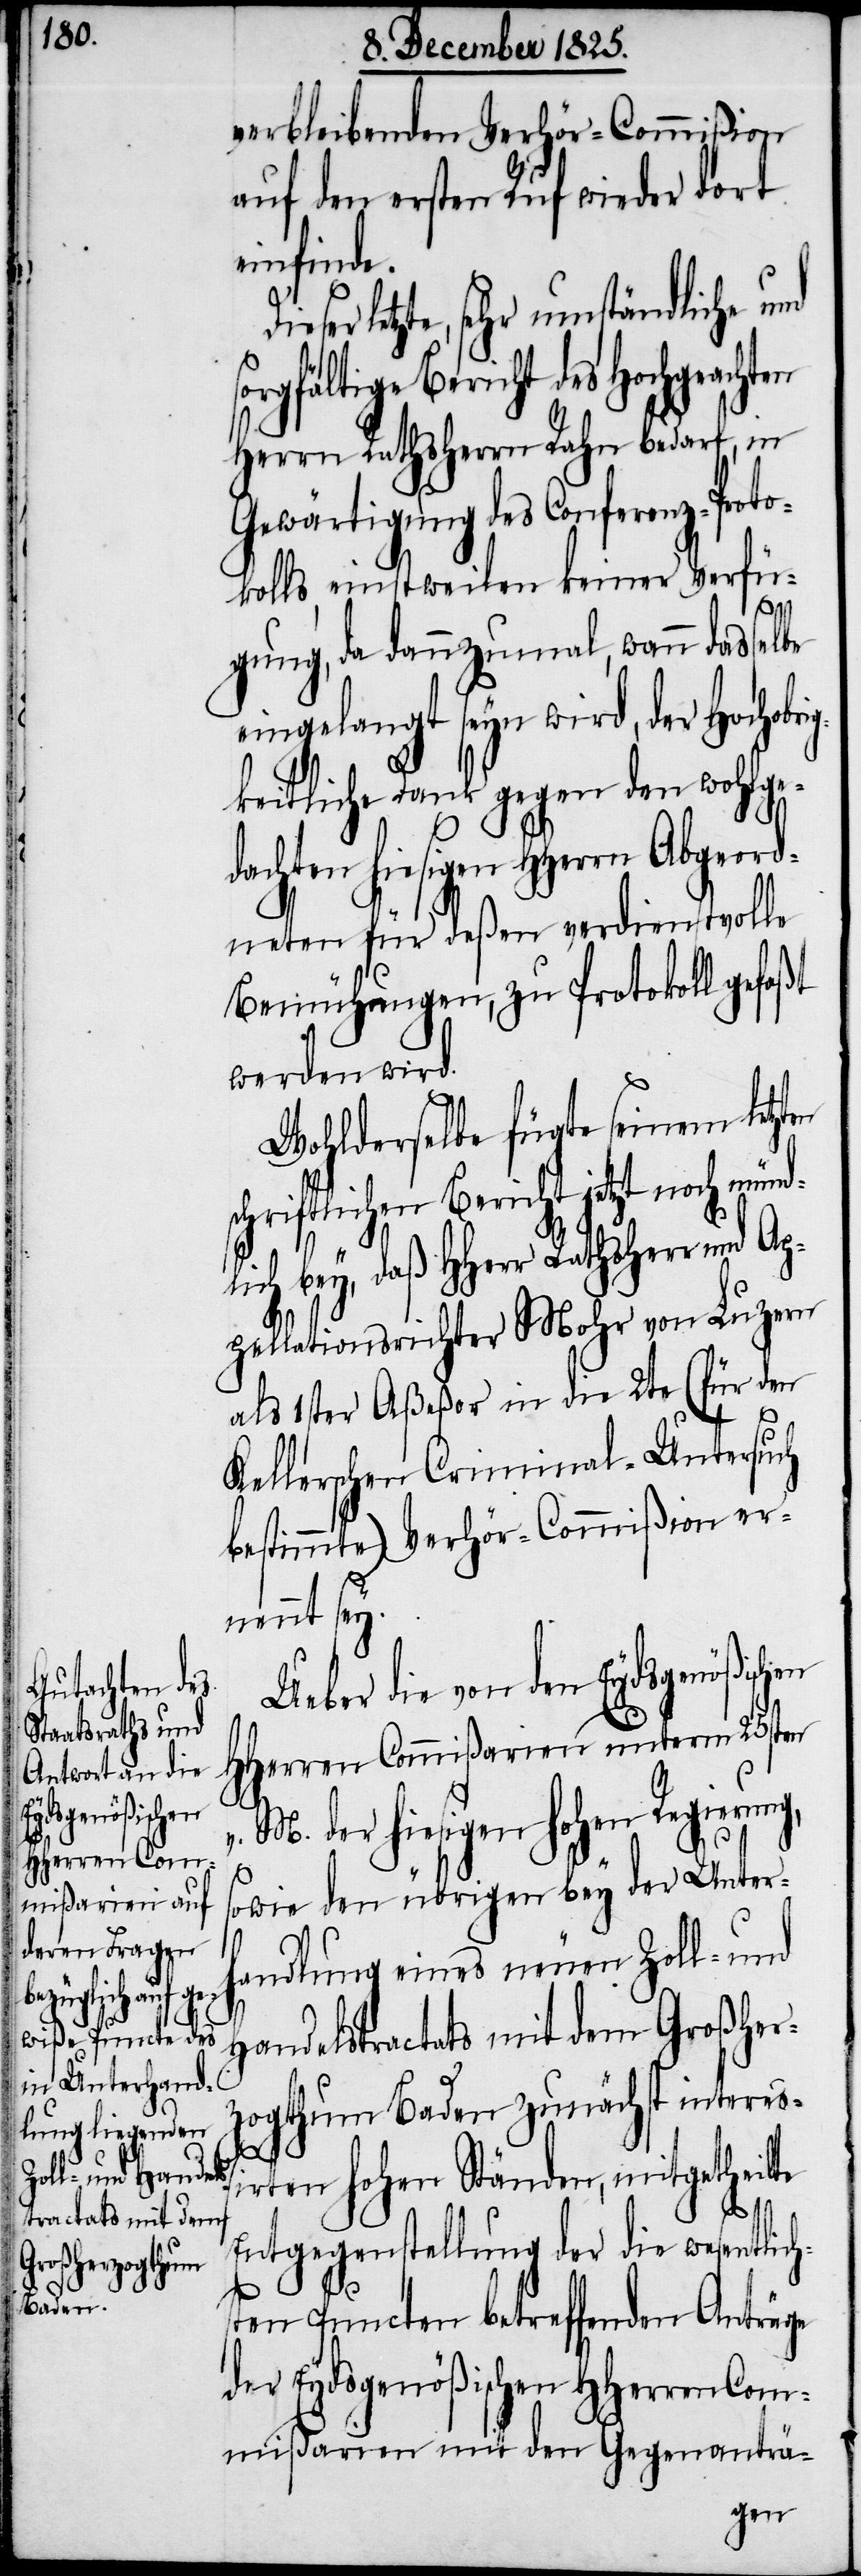
verbleibenden Verhör-Commißion
auf den ersten Ruf wieder dort
einfinde.
letzte, sehr umständliche und
gfältige Bericht des Hochgeachten
Herrn Rathsherrn Rahn bedarf, in
Gewärtigung des Conferenz-Proto¬
kolls, einstweilen keiner Verfü¬
gung, da dannzumal, wann dasselbe
eingelangt seyn wird, der Hochobr¬
keitliche Dank gegen den wohlged¬
achten hiesigen HHerrn
neten für deßen verdienstvolle
Bemühungen, zu Protokoll gefaßt
werden wird.
Wohlderselbe fügte seinem letzten
hriftlichen Bericht jetzt noch
lich bey, daß HHerr Rathsherr und Ap¬
pellationsrichter Mohr von Luzern
als 1ster Aßeßor in die 2te (für den
Kellerschen Criminal-Untersuch
bestimmte) Verhör-Commißion ern¬
ennt sey.
Ueber die von den Eydsgenößischen
HHerren Commißarien unterm 25sten
v. M. der hiesigen hohen Regierung,
sowie den übrigen bey der Unter¬
handlung eines neuen Zoll- und
Handelstractats mit dem Großher¬
zogthum Baden zunächst intereß¬
irten hohen Ständen, mitgetheilte
münd¬
Entgegenstellung der die wesentlich¬
sten Puncten betreffenden Anträge
der Eydsgenößischen HHerren Com¬
mißarien mit den Gegenanträ-